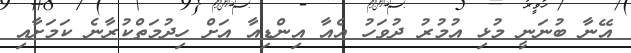
އޭނާ ބުނަނީ މުޅި އުމުރު ދުވަހު އެއާ އިންޑިއާ އަށް ހިދުމަތްކުރާނެ ކަމަށާއި